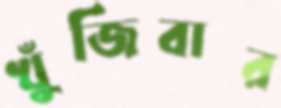
খুঁজিবার